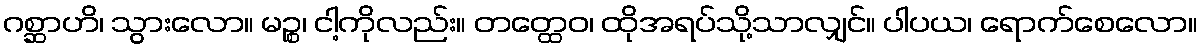
ဂစ္ဆာဟိ၊ သွားလော။ မဉ္စ၊ ငါ့ကိုလည်း။ တတ္ထေဝ၊ ထိုအရပ်သို့သာလျှင်။ ပါပယ၊ ရောက်စေလော။